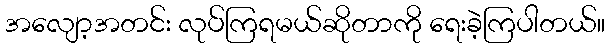
အလျော့အတင်း လုပ်ကြရမယ်ဆိုတာကို ရေးခဲ့ကြပါတယ်။